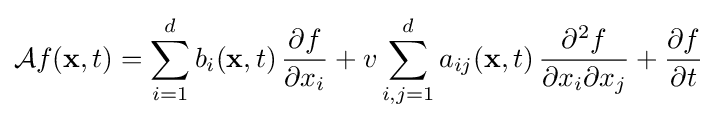
{\mathcal {A}}f(\mathbf {x} ,t)=\sum _{i=1}^{d}b_{i}(\mathbf {x} ,t)\,{\frac {\partial f}{\partial x_{i}}}+v\sum _{i,j=1}^{d}a_{ij}(\mathbf {x} ,t)\,{\frac {\partial ^{2}f}{\partial x_{i}\partial x_{j}}}+{\frac {\partial f}{\partial t}}